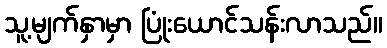
သူ့မျက်နှာမှာ ပြုံးယောင်သန်းလာသည်။